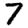
Digit: 7